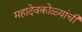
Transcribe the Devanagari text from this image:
महादेवकोळ्यांची